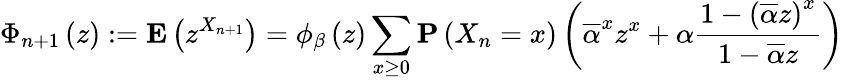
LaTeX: \Phi_{n+1}\left(z\right):={\mathbf E}\left(z^{X_{n+1}}\right)=\phi_{\beta}\left(z\right)\sum_{x\geq 0}{\mathbf P}\left(X_{n}=x\right)\left(\overline{{\alpha}}^{x}z^{x}+\alpha\frac{1-\left(\overline{{\alpha}}z\right)^{x}}{1-\overline{{\alpha}}z}\right)